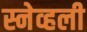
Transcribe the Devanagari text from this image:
स्नेव्हली